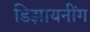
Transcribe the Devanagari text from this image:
डिझायनींग